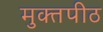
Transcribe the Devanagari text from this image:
मुक्‍तपीठ